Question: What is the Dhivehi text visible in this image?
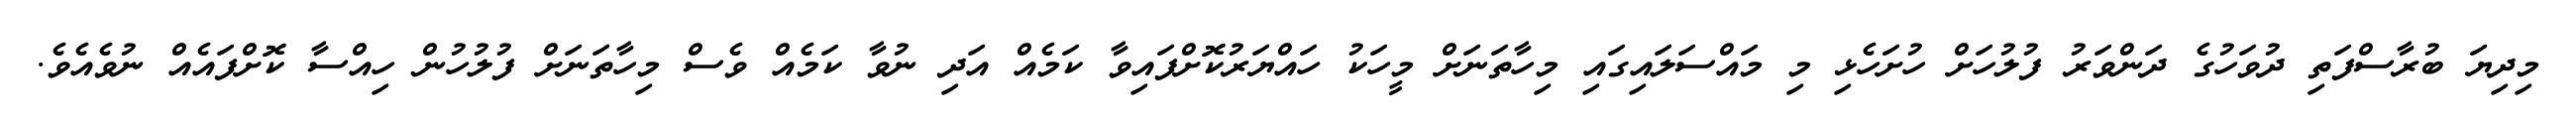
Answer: މިދިޔަ ބުރާސްފަތި ދުވަހުގެ ދަންވަރު ފުލުހަށް ހުށަހެޅި މި މައްސަލައިގައި މިހާތަނަށް މީހަކު ހައްޔަރުކޮށްފައިވާ ކަމެއް އަދި ނުވާ ކަމެއް ވެސް މިހާތަނަށް ފުލުހުން ހިއްސާ ކޮށްފައެއް ނުވެއެވެ.